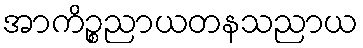
အာကိဉ္စညာယတနသညာယ